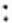
: